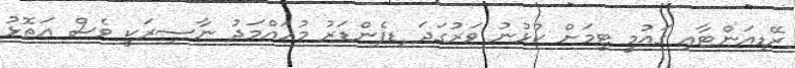
ރޭޑިއަންޓާއި ގައުމީ ޓީމަށް ކުޅުނު ވަރުގަދަ ޑިފެންޑަރު މުހައްމަދު ނާސިރަކީ ވެސް އަތޮޅު